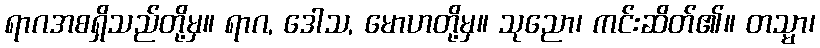
ရာဂအစရှိသည်တို့မှ။ ရာဂ, ဒေါသ, မောဟတို့မှ။ သုညော၊ ကင်းဆိတ်၏။ တသ္မာ၊